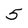
Character: 5